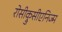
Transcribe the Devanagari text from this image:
रोसीक्रुसीएनिज्म